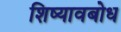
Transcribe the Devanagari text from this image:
शिष्यावबोध